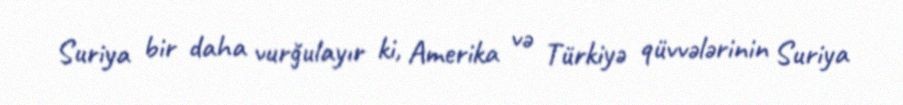
Suriya bir daha vurğulayır ki, Amerika və Türkiyə qüvvələrinin Suriya